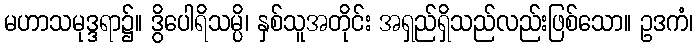
မဟာသမုဒ္ဒရာ၌။ ဒွိပေါရိသမ္ပိ၊ နှစ်သူအတိုင်း အရှည်ရှိသည်လည်းဖြစ်သော။ ဥဒကံ၊